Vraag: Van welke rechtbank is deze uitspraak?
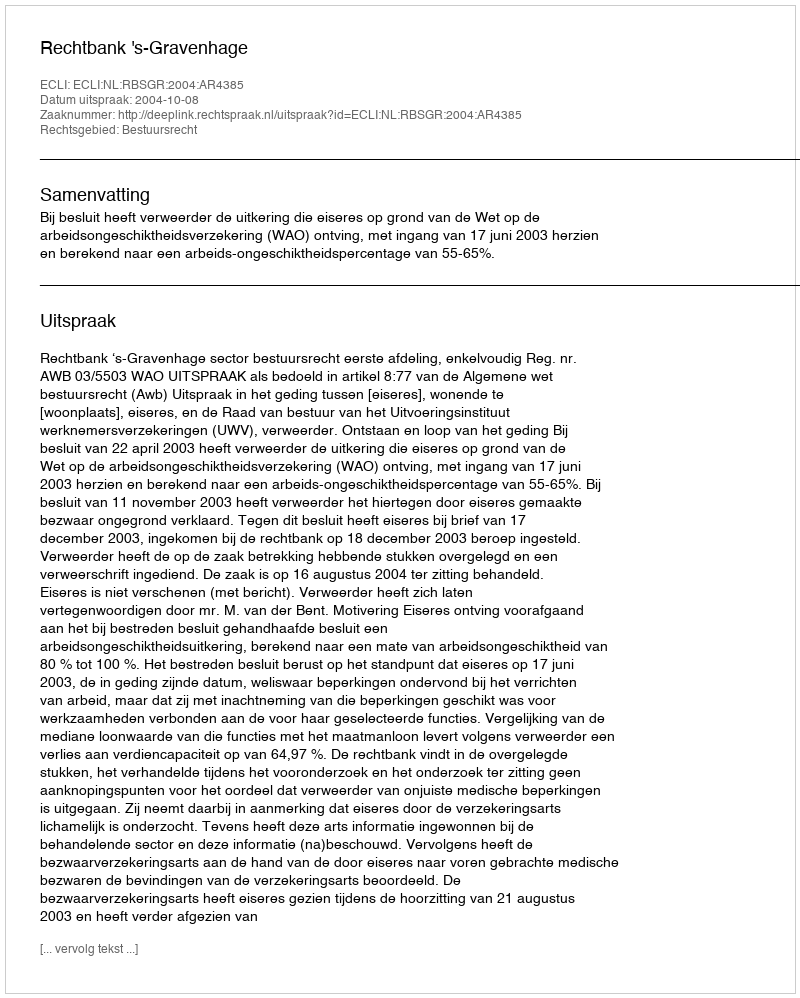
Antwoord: Rechtbank 's-Gravenhage